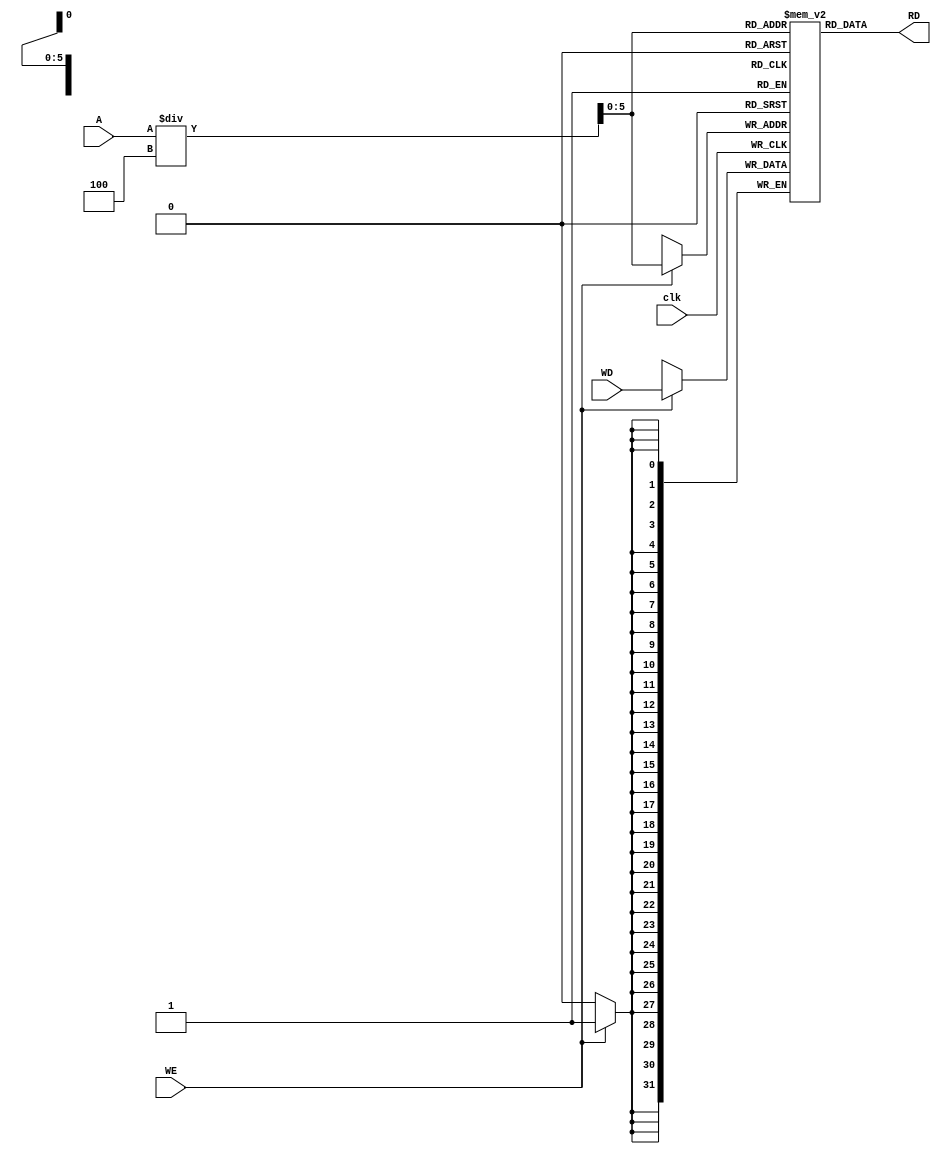
`timescale 1ns / 1ps
// data_memory.v
// Data Memory
//          Juliana Pineda


module data_memory
# (parameter N = 8)(
    input clk,
    input [N-1:0] A,
    input [31:0] WD,
    input WE,

    output [31:0] RD
);
    
    // word-based memory
    reg [31:0] memory [0:(2**N)/4-1];

    always @ (posedge clk)
        if (WE) begin
            // memory[A] <= WD[7:0];
            // memory[A+1] <= WD[15:8];
            // memory[A+2] <= WD[23:16];
            // memory[A+3] <= WD[31:24];

            memory[A/4] <= WD[31:0];  // Done this way to write only once the memory and avoid warnings
                                      // also, allows memory to be implemented using RAM blocks
                                      // instead of registers. This increases the maximum frequency
        end

    // assign RD = {memory[A+3], memory[A+2], memory[A+1], memory[A]};
    assign RD = memory[A/4];

endmodule